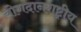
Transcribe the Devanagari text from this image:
योगदानराष्ट्रीय